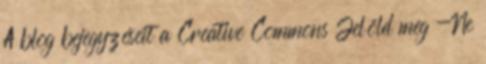
A blog bejegyzéseit a Creative Commons Jelöld meg -Ne